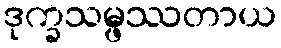
ဒုက္ခသမ္ဖဿတာယ